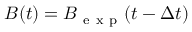
B ( t ) = B _ { \mathrm { ~ e ~ x ~ p ~ } } ( t - \Delta t )